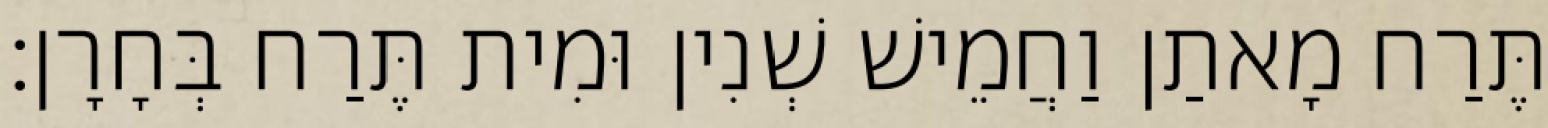
תֶּרַח מָאתַן וַחֲמֵישׁ שְׁנִין וּמִית תֶּרַח בְּחָרָן׃